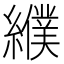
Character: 纀